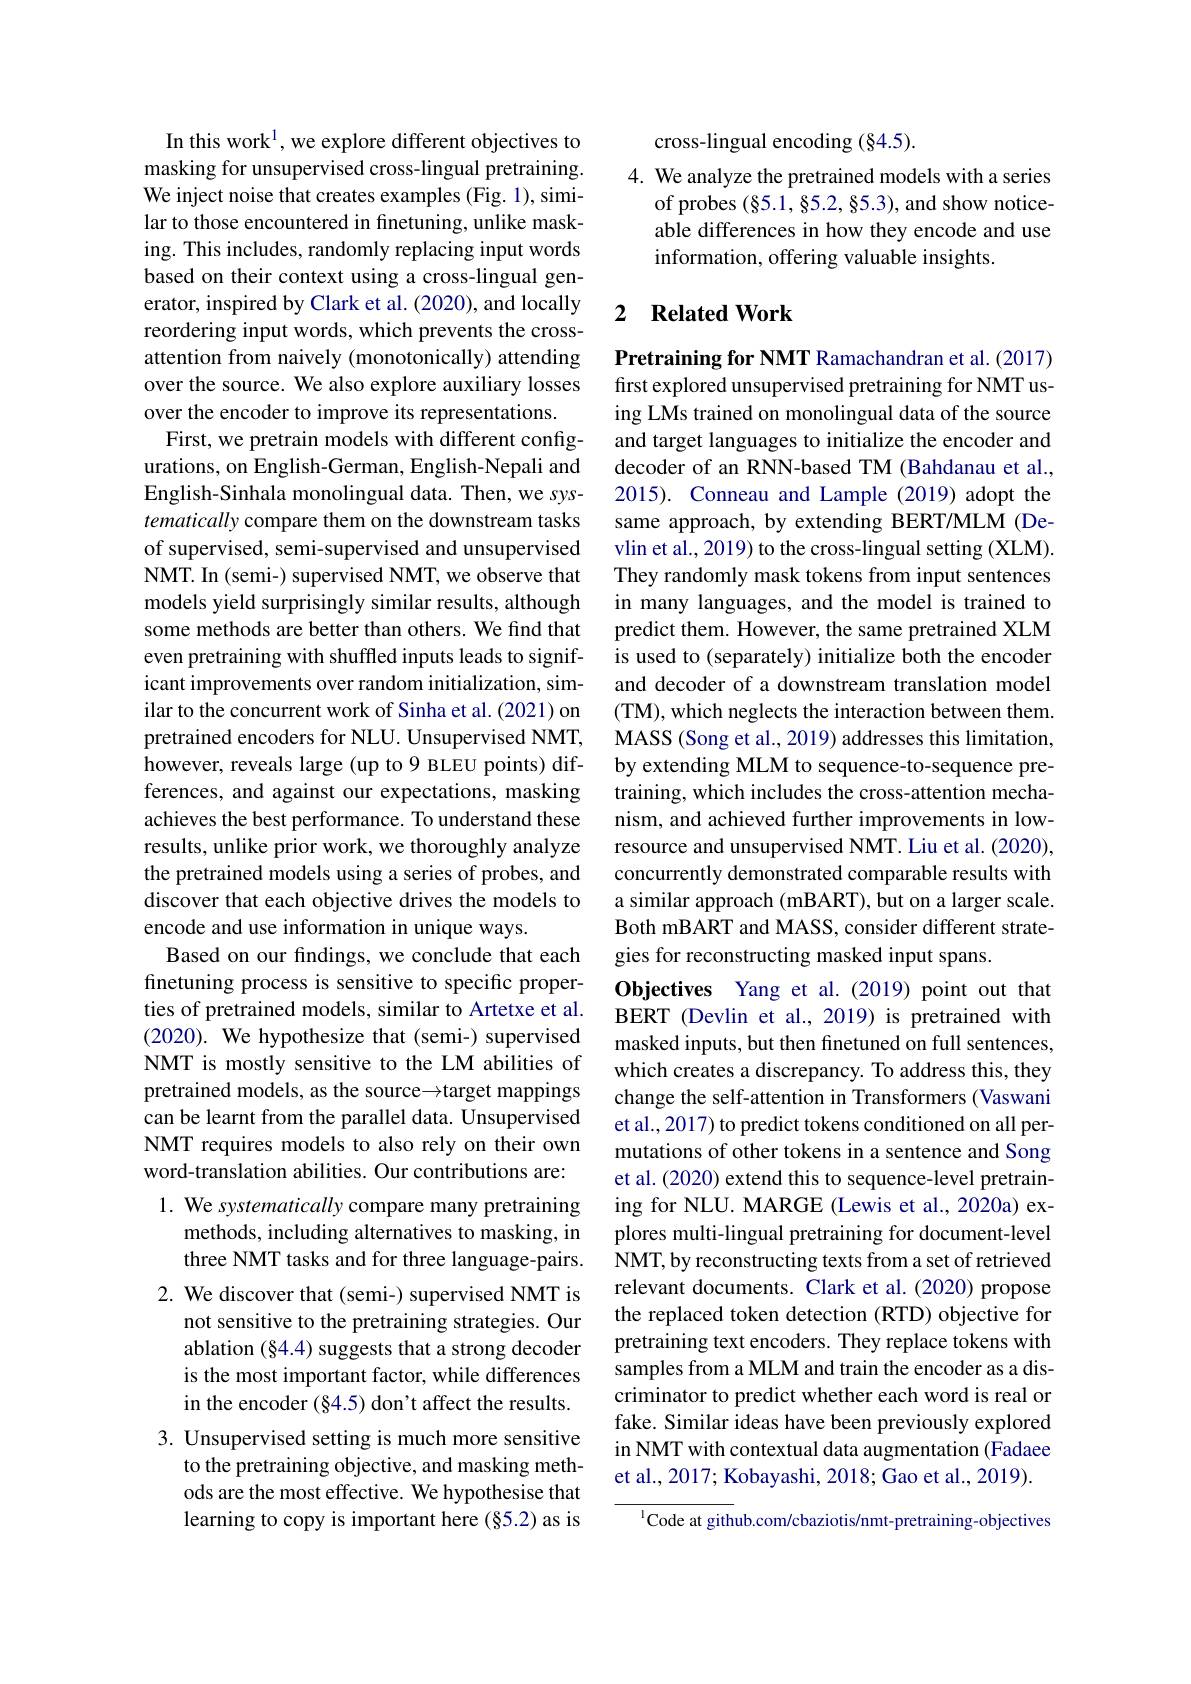
In this work$^1$,we explore different objectives to masking for unsupervised cross-lingual pretraining. We inject noise that creates examples (Fig. 1), similar to those encountered in finetuning, unlike masking. This includes, randomly replacing input words based on their context using a cross-lingual generator, inspired by Clark et al. (2020), and locally reordering input words, which prevents the crossattention from naively (monotonically) attending over the source. We also explore auxiliary losses over the encoder to improve its representations.
First, we pretrain models with different configurations, on English-German, English-Nepali and English-Sinhala monolingual data. Then, we systematically compare them on the downstream tasks of supervised, semi-supervised and unsupervised NMT. In (semi-) supervised NMT, we observe that models yield surprisingly similar results, although some methods are better than others. We find that even pretraining with shuffled inputs leads to significant improvements over random initialization, similar to the concurrent work of Sinha et al. (2021) on pretrained encoders for NLU. Unsupervised NMT, however, reveals large (up to 9 BLEU points) differences, and against our expectations, masking achieves the best performance. To understand these results, unlike prior work, we thoroughly analyze the pretrained models using a series of probes, and discover that each objective drives the models to encode and use information in unique ways.
Based on our findings, we conclude that each finetuning process is sensitive to specific properties of pretrained models, similar to Artetxe et al. (2020). We hypothesize that (semi-) supervised NMT is mostly sensitive to the LM abilities of pretrained models, as the source→target mappings can be learnt from the parallel data. Unsupervised NMT requires models to also rely on their own word-translation abilities. Our contributions are: 1. We systematically compare many pretraining
methods, including alternatives to masking, in three NMT tasks and for three language-pairs.
2. We discover that (semi-) supervised NMT is
not sensitive to the pretraining strategies. Our ablation (§4.4) suggests that a strong decoder is the most important factor, while differences in the encoder (§4.5) don't affect the results.
3. Unsupervised setting is much more sensitive
to the pretraining objective, and masking methods are the most effective. We hypothesise that learning to copy is important here (§5.2) as is

cross-lingual encoding (§4.5).
4. We analyze the pretrained models with a series
of probes $(\S5.1,\S5.2,\S5.3)$,and show noticeable differences in how they encode and use information, offering valuable insights.

### 2 $\textbf{Related Work}$

Pretraining for NMT Ramachandran et al. (2017) first explored unsupervised pretraining for NMT using LMs trained on monolingual data of the source and target languages to initialize the encoder and decoder of an RNN-based TM (Bahdanau et al., 2015). Conneau and Lample (2019) adopt the same approach, by extending BERT/MLM (Devlin et al., 2019) to the cross-lingual setting (XLM) They randomly mask tokens from input sentences in many languages, and the model is trained to predict them. However, the same pretrained XLM is used to (separately) initialize both the encoder and decoder of a downstream translation model (TM), which neglects the interaction between them. MASS (Song et al., 2019) addresses this limitation, by extending MLM to sequence-to-sequence pretraining, which includes the cross-attention mechanism, and achieved further improvements in lowresource and unsupervised NMT. Liu et al. (2020), concurrently demonstrated comparable results with a similar approach (mBART), but on a larger scale. Both mBART and MASS, consider different strategies for reconstructing masked input spans.
Objectives Yang et al.(2019)point out that BERT (Devlin et al.,2019) is pretrained with masked inputs, but then finetuned on full sentences, which creates a discrepancy. To address this, they change the self-attention in Transformers (Vaswani et al., 2017) to predict tokens conditioned on all permutations of other tokens in a sentence and Song et al. (2020) extend this to sequence-level pretraining for NLU. MARGE (Lewis et al., 2020a) explores multi-lingual pretraining for document-level NMT, by reconstructing texts from a set of retrieved relevant documents. Clark et al. (2020) propose the replaced token detection (RTD) objective for pretraining text encoders. They replace tokens with samples from a MLM and train the encoder as a discriminator to predict whether each word is real or fake. Similar ideas have been previously explored in NMT with contextual data augmentation (Fadaee et al., 2017; Kobayashi, 2018; Gao et al., 2019).
$^{1}$Code at github.com/cbaziotis/nmt-pretraining-objectives